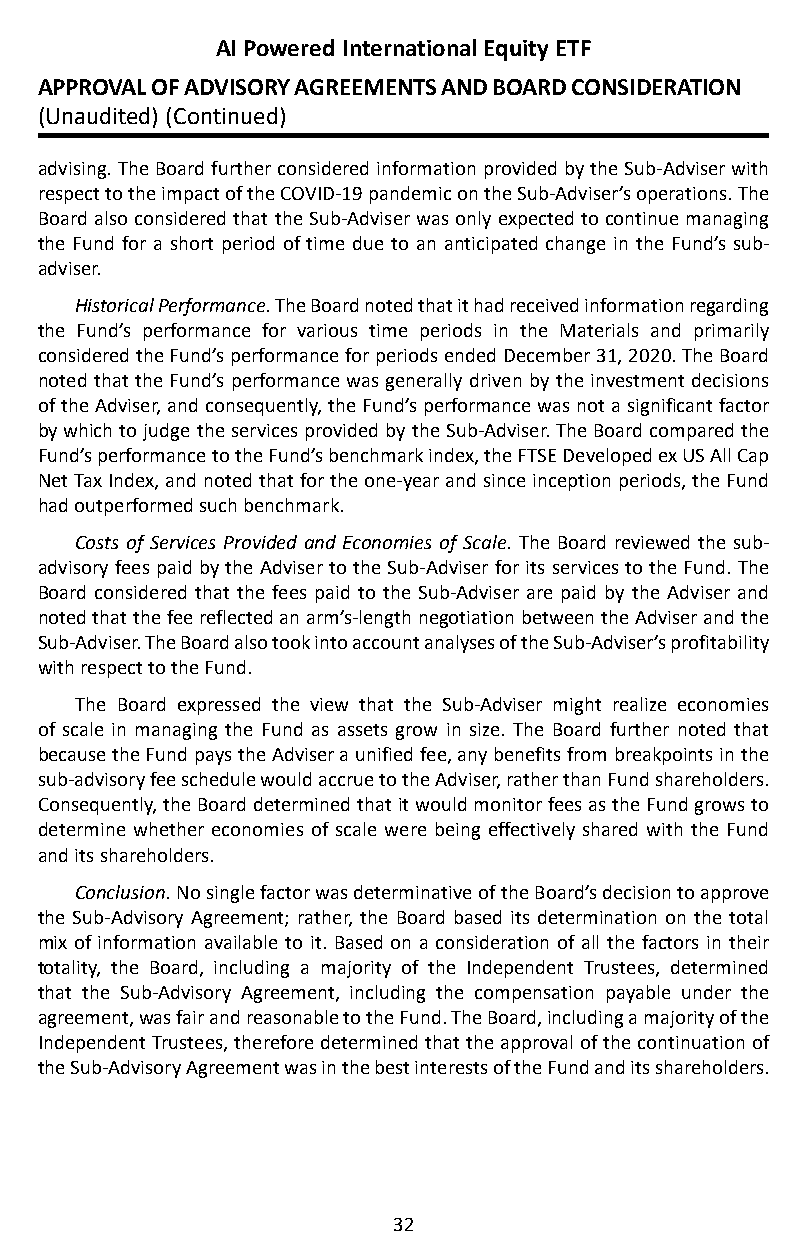
AI Powered International Equity ETF
 APPROVAL OF ADVISORY AGREEMENTS AND BOARD CONSIDERATION
 (Unaudited) (Continued)
 advising� The Board further considered information provided by the Sub-Adviser with
 respect to the impact of the COVID-19 pandemic on the Sub-Adviser’s operations� The
 Board also considered that the Sub-Adviser was only expected to continue managing
 the Fund for a short period of time due to an anticipated change in the Fund’s sub-
 adviser�
 Historical Performance. The Board noted that it had received information regarding
 the Fund’s performance for various time periods in the Materials and primarily
 considered the Fund’s performance for periods ended December 31, 2020� The Board
 noted that the Fund’s performance was generally driven by the investment decisions
 of the Adviser, and consequently, the Fund’s performance was not a significant factor
 by which to judge the services provided by the Sub-Adviser� The Board compared the
 Fund’s performance to the Fund’s benchmark index, the FTSE Developed ex US All Cap
 Net Tax Index, and noted that for the one-year and since inception periods, the Fund
 had outperformed such benchmark�
 Costs of Services Provided and Economies of Scale. The Board reviewed the sub-
 advisory fees paid by the Adviser to the Sub-Adviser for its services to the Fund� The
 Board considered that the fees paid to the Sub-Adviser are paid by the Adviser and
 noted that the fee reflected an arm’s-length negotiation between the Adviser and the
 Sub-Adviser� The Board also took into account analyses of the Sub-Adviser’s profitability
 with respect to the Fund�
 The Board expressed the view that the Sub-Adviser might realize economies
 of scale in managing the Fund as assets grow in size� The Board further noted that
 because the Fund pays the Adviser a unified fee, any benefits from breakpoints in the
 sub-advisory fee schedule would accrue to the Adviser, rather than Fund shareholders�
 Consequently, the Board determined that it would monitor fees as the Fund grows to
 determine whether economies of scale were being effectively shared with the Fund
 and its shareholders�
 Conclusion. No single factor was determinative of the Board’s decision to approve
 the Sub-Advisory Agreement; rather, the Board based its determination on the total
 mix of information available to it� Based on a consideration of all the factors in their
 totality, the Board, including a majority of the Independent Trustees, determined
 that the Sub-Advisory Agreement, including the compensation payable under the
 agreement, was fair and reasonable to the Fund� The Board, including a majority of the
 Independent Trustees, therefore determined that the approval of the continuation of
 the Sub-Advisory Agreement was in the best interests of the Fund and its shareholders�
 32